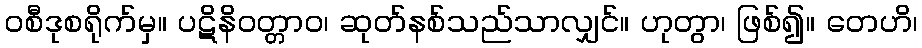
ဝစီဒုစရိုက်မှ။ ပဋိနိဝတ္တာဝ၊ ဆုတ်နစ်သည်သာလျှင်။ ဟုတွာ၊ ဖြစ်၍။ တေဟိ၊